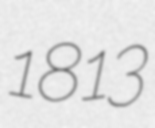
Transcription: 1813